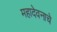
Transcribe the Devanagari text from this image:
महादेवनाचे